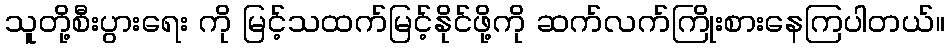
သူတို့စီးပွားရေး ကို မြင့်သထက်မြင့်နိုင်ဖို့ကို ဆက်လက်ကြိုးစားနေကြပါတယ်။